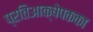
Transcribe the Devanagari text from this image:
प्रतिआक्षेपकका